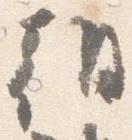
朝